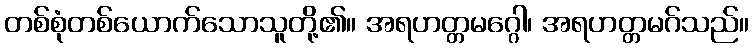
တစ်စုံတစ်ယောက်သောသူတို့၏။ အရဟတ္တမဂ္ဂေါ၊ အရဟတ္တမဂ်သည်။